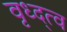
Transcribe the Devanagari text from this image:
वृध्द्त्व